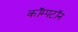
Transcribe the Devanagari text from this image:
कॉम्पटॉन